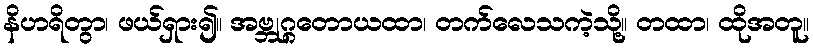
နိဟရိတွာ၊ ဖယ်ရှား၍။ အဗ္ဘုဂ္ဂတောယထာ၊ တက်လေသကဲ့သို့။ တထာ၊ ထိုအတူ။